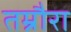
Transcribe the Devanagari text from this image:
तम्रौरा